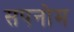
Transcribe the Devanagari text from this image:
सपनोम